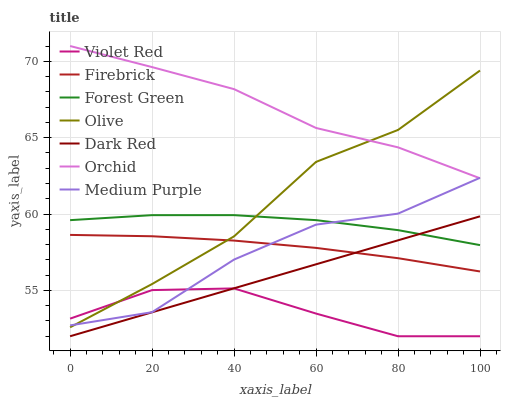
| xaxis_label | Violet Red | Firebrick | Forest Green | Olive | Dark Red | Orchid | Medium Purple |
 | --- | --- | --- | --- | --- | --- | --- | --- |
 | 0 | 53.2 | 58.6 | 59.6 | 52.6 | 52 | 71 | 52.7 |
 | 20 | 55 | 58.5 | 59.9 | 55.4 | 53.6 | 69.6 | 53.6 |
 | 40 | 55.1 | 58.3 | 59.9 | 58.5 | 55.1 | 68.2 | 57 |
 | 60 | 53.5 | 57.8 | 59.6 | 63.4 | 56.7 | 65.6 | 59.3 |
 | 80 | 52 | 57.1 | 58.9 | 65.5 | 58.3 | 64.4 | 60 |
 | 100 | 52 | 56.2 | 58 | 69.4 | 59.8 | 62.3 | 62.4 |